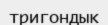
тригондык